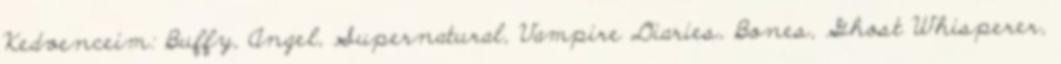
Kedvenceim: Buffy, Angel, Supernatural, Vampire Diaries, Bones, Ghost Whisperer,